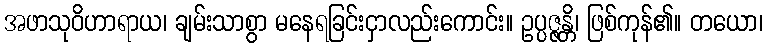
အဖာသုဝိဟာရာယ၊ ချမ်းသာစွာ မနေရခြင်းငှာလည်းကောင်း။ ဥပ္ပဇ္ဇန္တိ၊ ဖြစ်ကုန်၏။ တယော၊